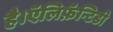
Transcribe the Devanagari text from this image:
है।ऍलिफ़ॅन्टिडी